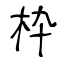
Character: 枠